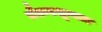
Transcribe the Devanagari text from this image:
चैतन्यशून्यता